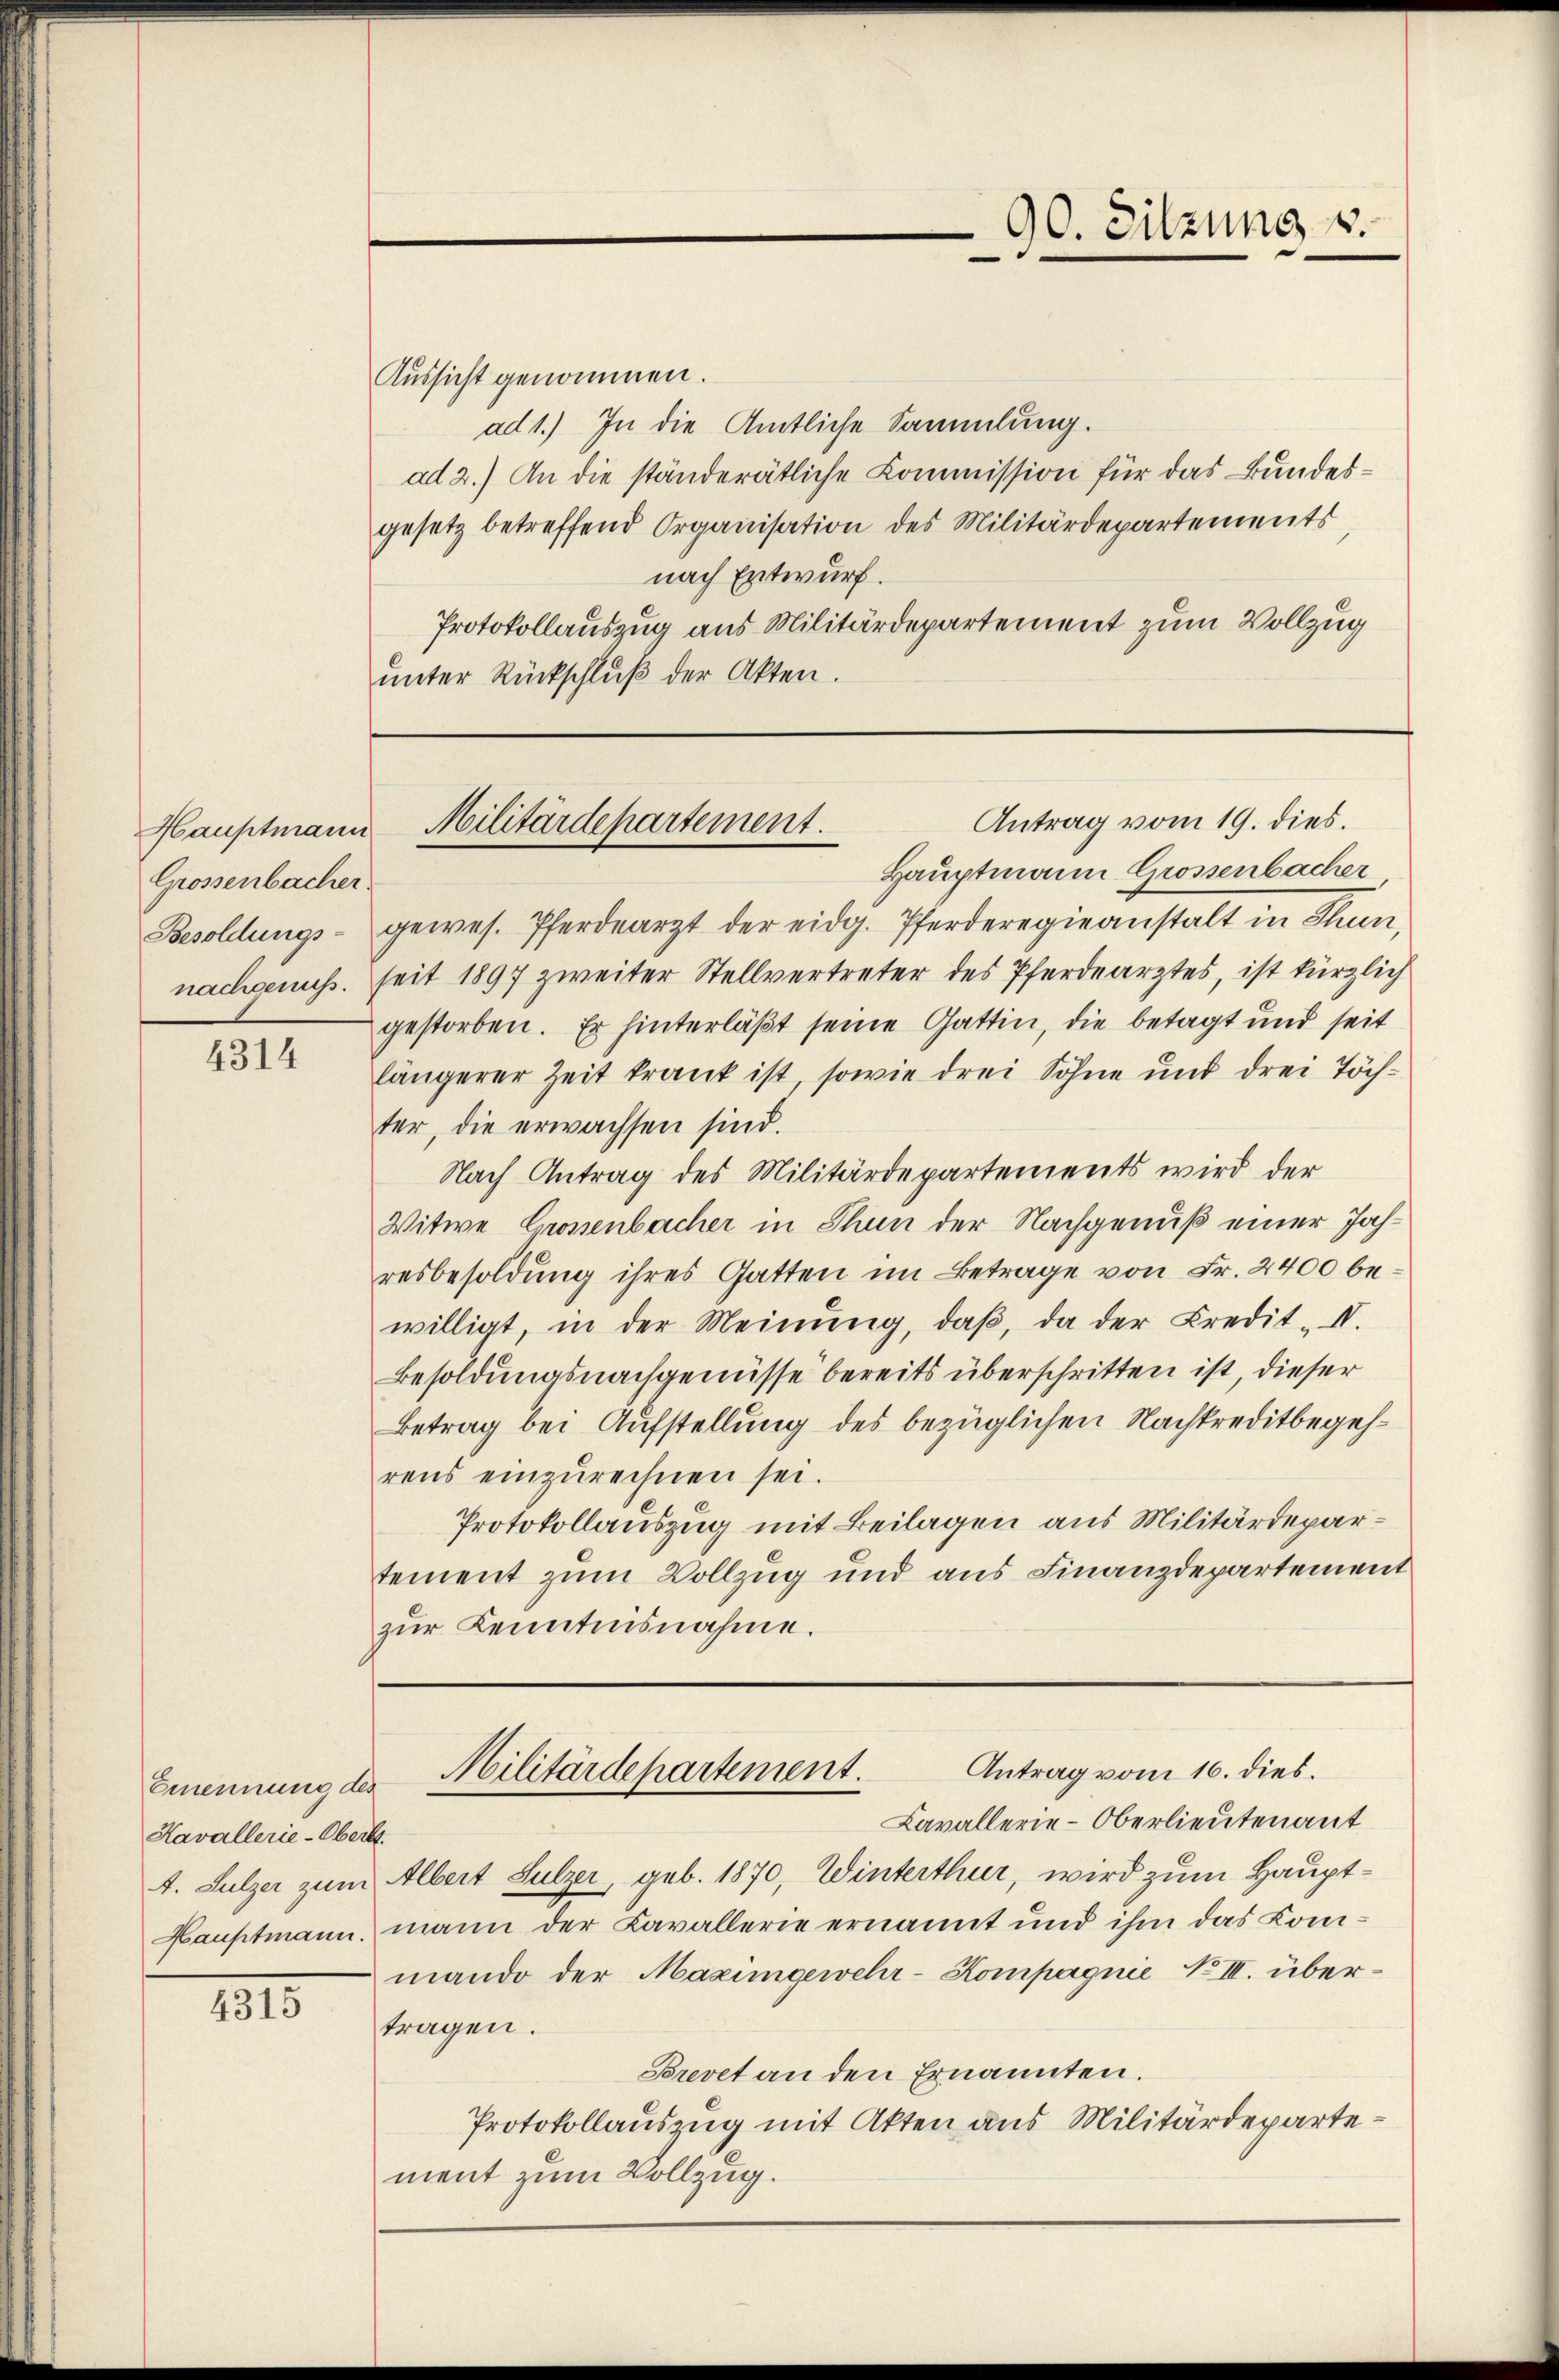
Hauptmann
Grossenbacher.
Besoldungs-
nachgenuss.

4314

Aussicht genommen.
ad 1.) In die Amtliche Sammlung.
ad 2.) An die ständerätliche Kommission für das Bundesgesetz betreffend Organisation des Militärdepartements
nach Entwurf.
Protokollauszug aus Militärdepartement zum Vollzug
unter Rückschluß der Akten.

Emennung des
Kavallerie-Oberst
A. Sulzer zum
Hauptmann.

4315

Hauptmann Grossenbacher
gewes. Pferdearzt der eidg. Pferderegieanstalt in Thun,
seit 1897 zweiter Stellvertreter des Pferdearztes, ist kürzlich
gestorben. Er hinterläßt seine Gattin, die betagt und seit
längerer Zeit krank ist, sowie drei Söhne und drei Töchter, die erwachsen sind.
Nach Antrag des Militärdepartements wird der
Witwe Crossenbacher in Thun der Nachgenuß einer Jahresbesoldung ihres Gatten im Betrage von Fr. 2400 bewilligt, in der Meinŭng, daβ, da der Credit-I.
Besoldungsnachgenüsse bereits überschritten ist, dieser
Betrag bei Aufstellung des bezüglichen Nachkreditbegehrens einzurechnen sei.
Protokollauszug mit Beilagen aus Militärdepartement zum Vollzug und aus Finanzdepartement
zŭr Kenntnisnahme.

Lavallerie-Oberlieutenant
Albert Sulzer, geb. 1870, Winterthur, wird zum Hauptmann der Cavallerie ernannt und ihm das Kommando der Maximgewehr-Kompagnie No III. übertragen.
Brevet an den Ernannten.
Protokollauszug mit Akten aus Militärdepartement zum Vollzug.

90. Sitzung v.

Antrag vom 19. dies.
Militärdepartement.

Antrag vom 16. dies.
Militärdepartement.